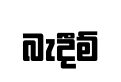
බැදීම්